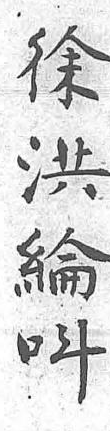
徐洪綸呌